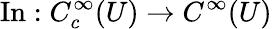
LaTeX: \operatorname{In}:C_{c}^{\infty}(U)\to C^{\infty}(U)